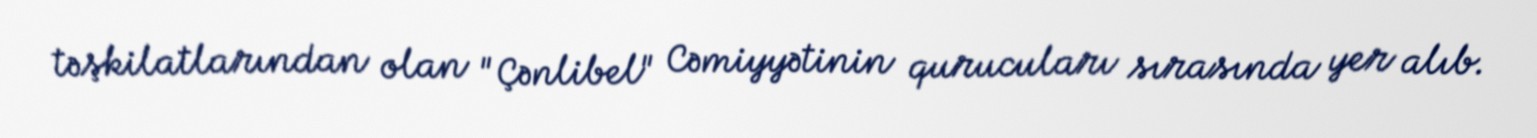
təşkilatlarından olan "Çənlibel" Cəmiyyətinin qurucuları sırasında yer alıb.